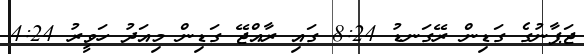
ޖަޕާނުގެ ގަޑިން ރޭގަނޑު 8:24 ގައި ރާއްޖޭ ގަޑިން މިއަދު ހަވީރު 4:24